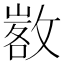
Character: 𢾷